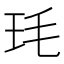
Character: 𭸶